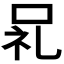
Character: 𫩵